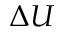
\Delta U